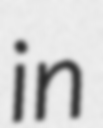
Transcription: in